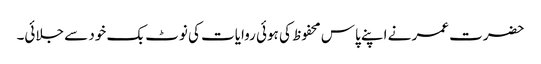
حضرت عمر نے اپنے پاس محفوظ کی ہوئی روایات کی نوٹ بک خود سے جلائی۔